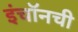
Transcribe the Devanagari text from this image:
इंचॉनची